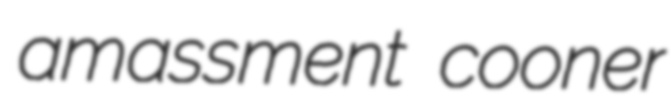
amassment cooner